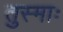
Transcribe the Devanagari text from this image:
तुस्माः